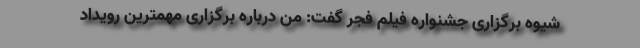
شیوه برگزاری جشنواره فیلم فجر گفت: من درباره برگزاری مهمترین رویداد